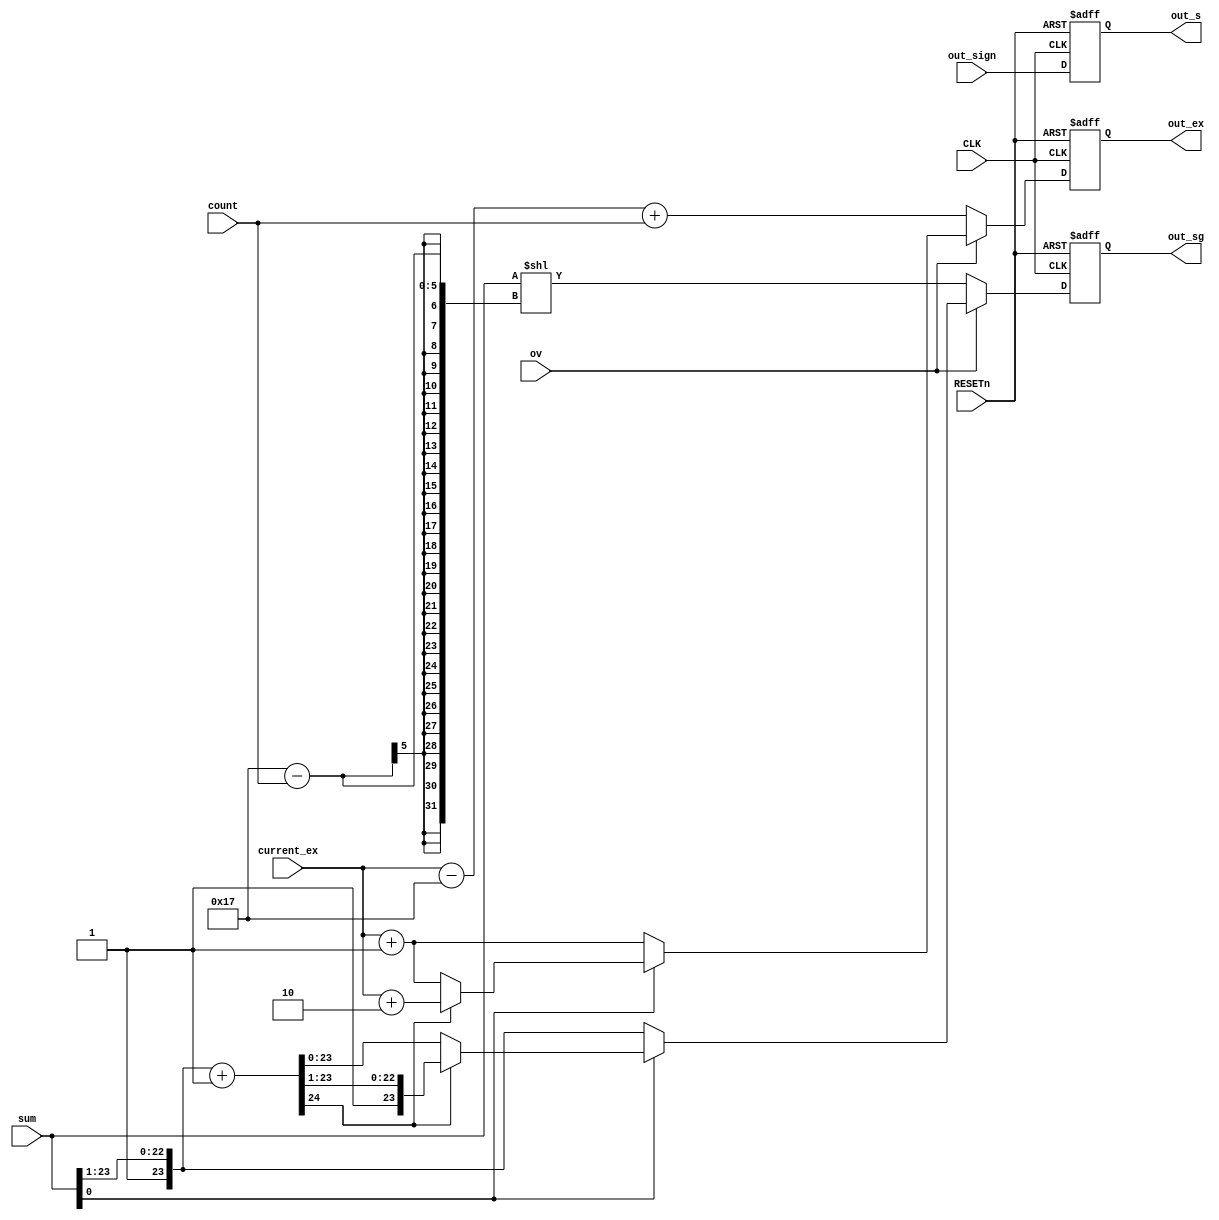
module fa_step5(CLK, RESETn, out_sign, current_ex, sum, ov, count, out_s, out_ex, out_sg);
	input CLK, RESETn;
	input out_sign, ov;
	input [7:0] current_ex;
	input [23:0] sum;
	input [4:0] count;
	
	output reg out_s;
	output reg [7:0] out_ex;
	output reg [23:0] out_sg;
	
	//NORMALIZE//////////////////////////////////////////////////
	wire [24:0] normalized = {2'b01, sum[23:1]} + 1'b1;
	
	
	
	//overflow  x >> normalizing  ---(1)
	//overflow  o >> normallize x >>    - 0 >> ex+1  	--- (2)
	//						(   1)		   - 1 >> round up >> overflow  x >> ex+1, sg left shidt 1  	---(3)
	//																								 overflow  o >>   - exponent+1  normalizing  ---(4)
	
	always@(posedge CLK, negedge RESETn) begin
		if(!RESETn)begin
			out_s <= 0;
			out_ex <= 0;
			out_sg <= 0;
		end
		else begin
			if(!ov) begin //(1)
				out_s <= out_sign;
				out_ex <= current_ex - 23 + count;
				out_sg <= sum << (23-count);
			end
			else if (sum[0] == 0)begin //(2)
				out_s <= out_sign;
				out_ex <= current_ex + 1;
				out_sg <= {1'b1, sum[23:1]};
			end
			else if (normalized[24] == 0)begin //(3)
				out_s <= out_sign;
				out_ex <= current_ex +1;
				out_sg <= normalized[23:0];
			end
			else begin//(4)
				out_s <= out_sign;
				out_ex <= current_ex +2;
				out_sg <= normalized [24:1];
			end
		end
	end
endmodule